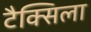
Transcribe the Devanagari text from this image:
टैक्सिला